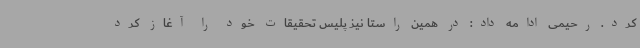
کرد. رحیمی ادامه داد: در همین راستا نیز پلیس تحقیقات خود را آغاز کرد